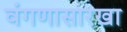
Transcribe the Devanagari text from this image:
वंगणासारखा